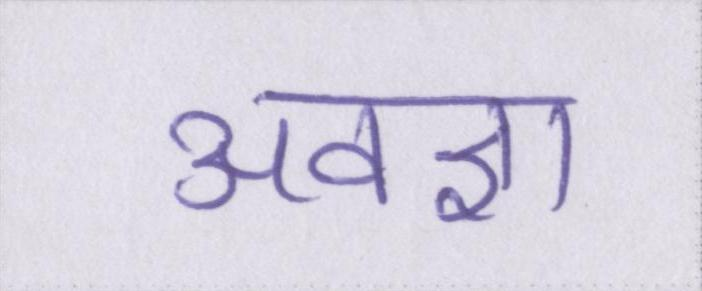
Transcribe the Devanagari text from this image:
अवज्ञा